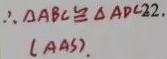
$\therefore \triangle ABC\cong \triangle ADC(  AAS)  .$